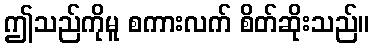
ဤသည်ကိုမူ စကားလက် စိတ်ဆိုးသည်။